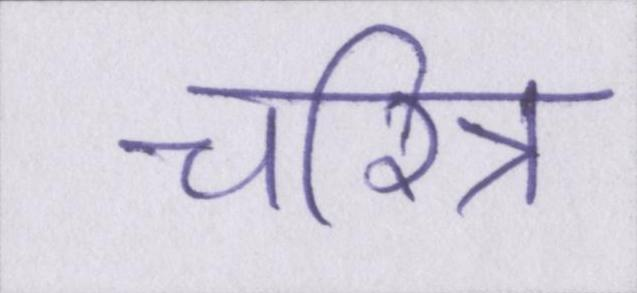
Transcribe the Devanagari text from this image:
चरित्र